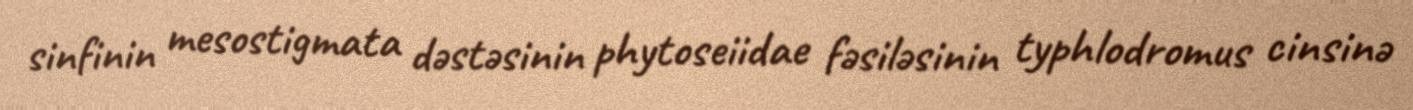
sinfinin mesostigmata dəstəsinin phytoseiidae fəsiləsinin typhlodromus cinsinə